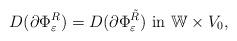
LaTeX: \begin{align*}D(\partial \Phi_{\varepsilon}^{R}) = D(\partial \Phi_{\varepsilon}^{\tilde{R}}) \mbox{ in } \mathbb{W} \times V_0,\end{align*}